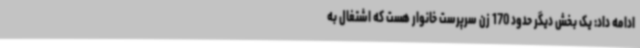
ادامه داد: یک بخش دیگر حدود 170 زن سرپرست خانوار هست که اشتغال به